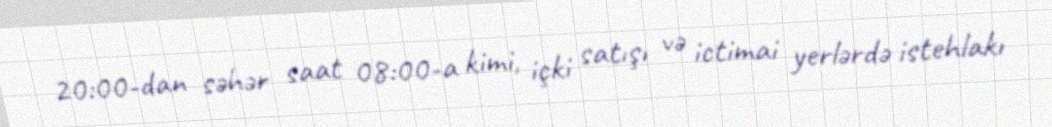
20:00-dan səhər saat 08:00-a kimi, içki satışı və ictimai yerlərdə istehlakı